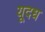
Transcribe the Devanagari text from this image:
यूदध